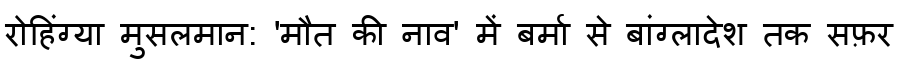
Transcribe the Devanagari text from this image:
रोहिंग्या मुसलमान: 'मौत की नाव' में बर्मा से बांग्लादेश तक सफ़र